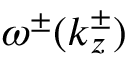
\omega ^ { \pm } ( k _ { z } ^ { \pm } )